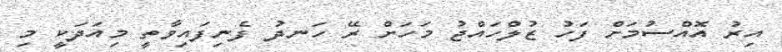
އިރު އޮއްސުމަށް ފަހު ޒުލްހައްޖު މަހަށް ރޭ ހަނދު ފެނިފައިވާތީ މިއަދަކީ މި